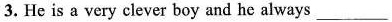
3.He is a very clever boy and he always ___